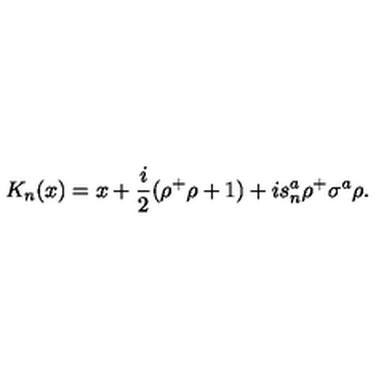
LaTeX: K _ { n } ( x ) = x + \frac { i } { 2 } ( \rho ^ { + } \rho + 1 ) + i s _ { n } ^ { a } \rho ^ { + } \sigma ^ { a } \rho .